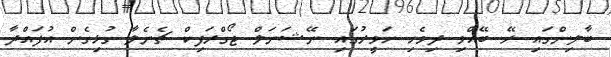
ބާލިންގައި ރޭ ބޭއްވި ދިވެހި ހަވީރުގައި ނޭޝަނަލް ޖޯގްރަފިކް ޗެނެލާ ގުޅިގެން އުފައްދާ